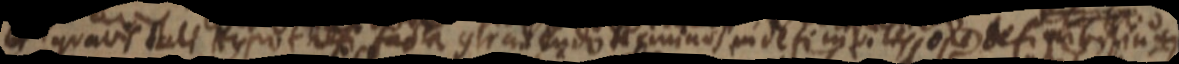
et quavis tali Hypothesi facta contrahendo terminos indefinibiles ope definibilium